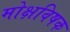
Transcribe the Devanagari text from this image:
मोक्षविषक